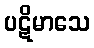
ပဋိမာသေ